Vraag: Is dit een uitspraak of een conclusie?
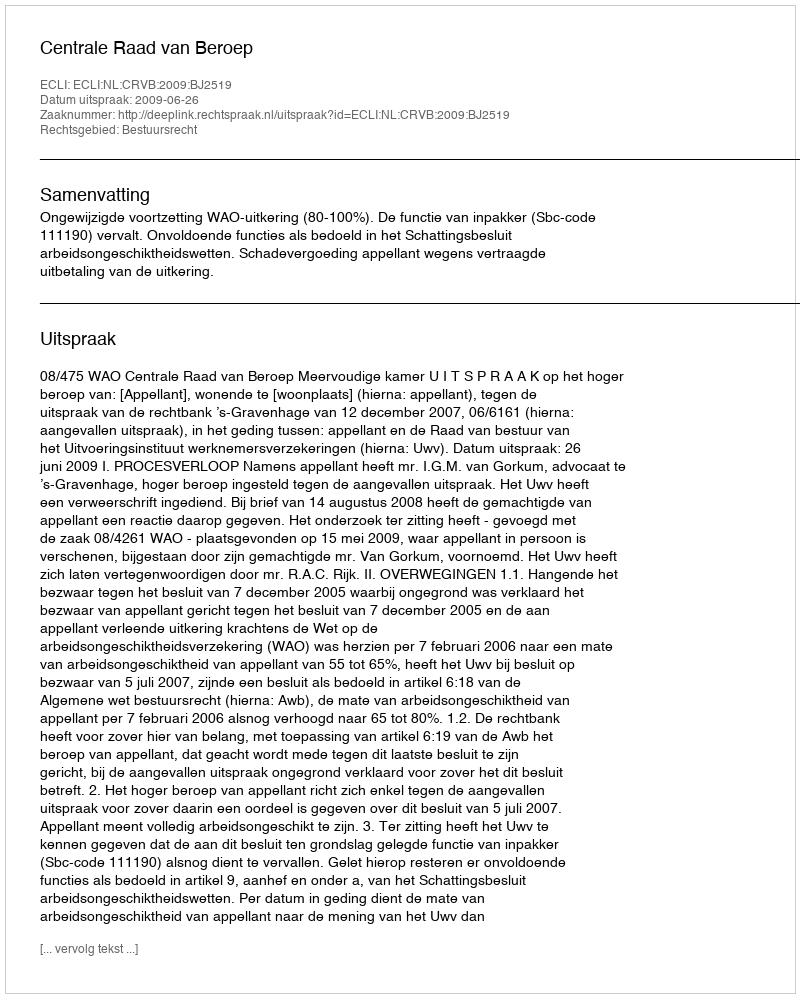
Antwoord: Uitspraak